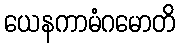
ယေနကာမံဂမောတိ